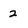
Character: 2